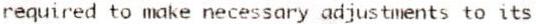
REQUIRED TO MAKE NECESSARY ADJUSTMENTS TO ITS